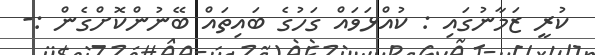
ކުރީ ޒަމާނުގައި : ކުއްޅަވައް ގަހުގެ ބައިތައް ބޭނުންކޮށްގެން :-